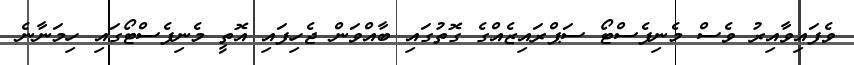
ވެފައިވާއިރު ވެސް މެނިފެސްޓޯ ސަޕްރައިޒެއްގެ ގޮތުގައި ބާއްވަން ޖެހިފައި އޮތީ މެނިފެސްޓޯގައި ހިމަނާނެ